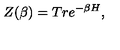
Z ( \beta ) = T r e ^ { - \beta H } ,